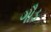
ગૌડ